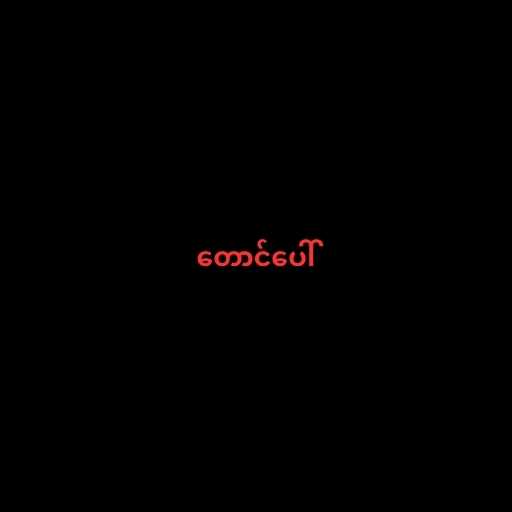
တောင်ပေါ်